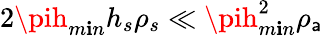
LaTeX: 2\pih_{m\mathbf{i}n}h_{s}\rho_{s}\ll\pih_{m\mathbf{i}n}^{2}\rho_{\mathsf{a}}